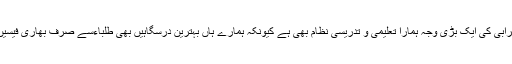
میرے نزدیک اس خرابی کی ایک بڑی وجہ ہمارا تعلیمی و تدریسی نظام بھی ہے کیونکہ ہمارے ہاں بہترین درسگاہیں بھی طلباءسے صرف بھاری فیسیں وصول کررہی ہیں۔